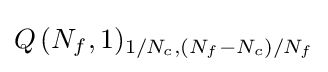
Q\,(N_{f},1)_{1/N_{c},(N_{f}-N_{c})/N_{f}}